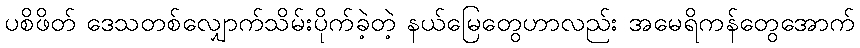
ပစိဖိတ် ဒေသတစ်လျှောက်သိမ်းပိုက်ခဲ့တဲ့ နယ်မြေတွေဟာလည်း အမေရိကန်တွေအောက်